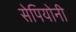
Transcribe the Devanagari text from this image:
सेपियोनी